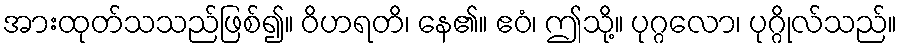
အားထုတ်သသည်ဖြစ်၍။ ဝိဟရတိ၊ နေ၏။ ဧဝံ၊ ဤသို့။ ပုဂ္ဂလော၊ ပုဂ္ဂိုလ်သည်။